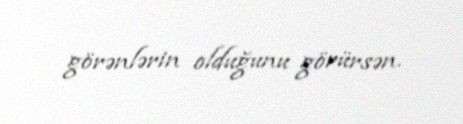
görənlərin olduğunu görürsən.